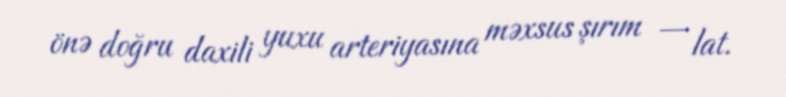
önə doğru daxili yuxu arteriyasına məxsus şırım — lat.